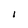
Character: 1